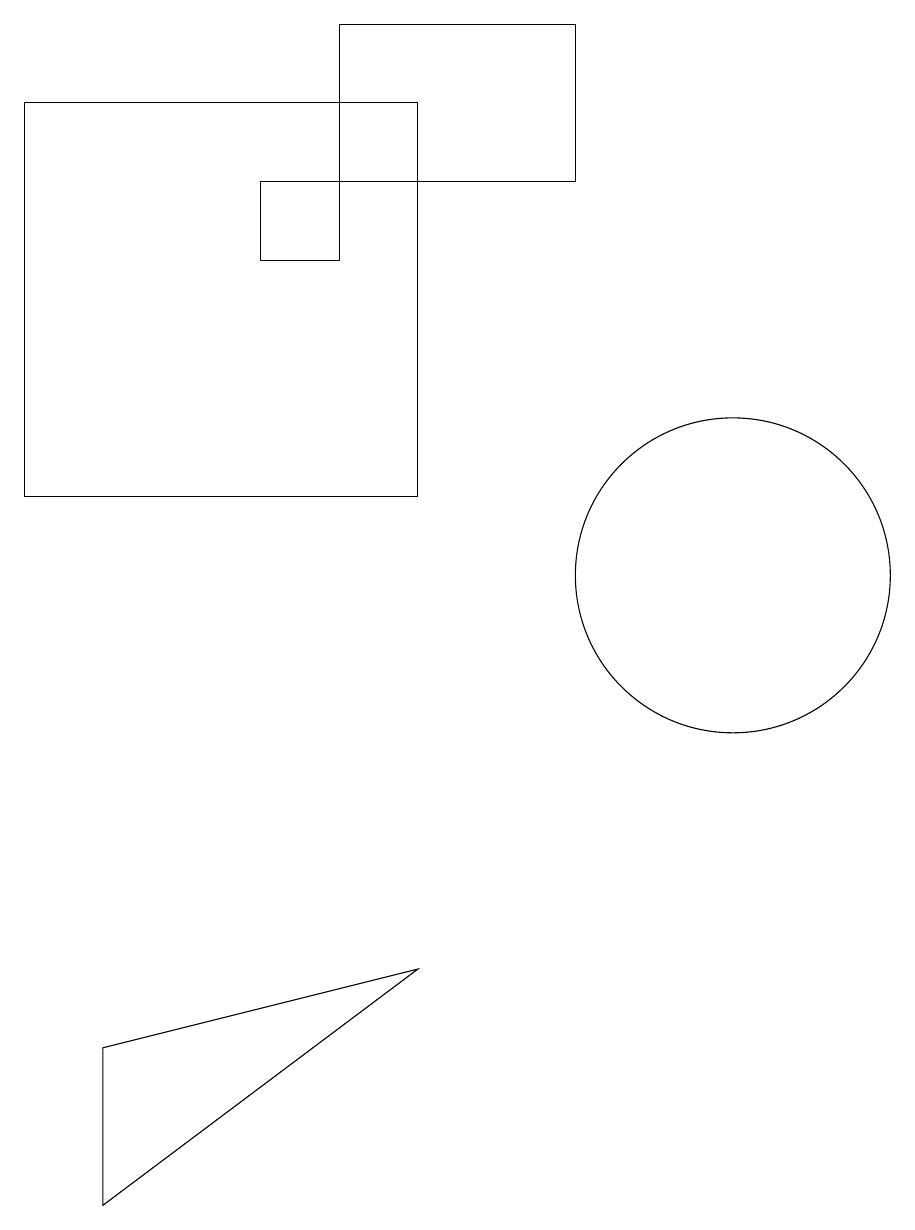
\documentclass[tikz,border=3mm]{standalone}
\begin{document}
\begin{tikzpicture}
\draw (7,11) rectangle (2,16);
\draw (6,15) rectangle (9,17);
\draw (3,2) -- (3,4) -- (7,5) -- cycle;
\draw (5,15) rectangle (6,14);
\draw (11,10) circle (2);
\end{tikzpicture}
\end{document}